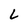
Character: L